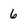
Character: 6